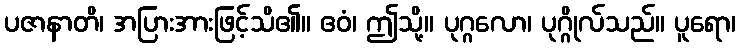
ပဇာနာတိ၊ အပြားအားဖြင့်သိ၏။ ဧဝံ၊ ဤသို့။ ပုဂ္ဂလော၊ ပုဂ္ဂိုလ်သည်။ ပူရော၊